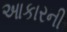
આકારની